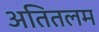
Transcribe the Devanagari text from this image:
अतितलम